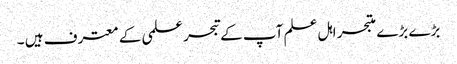
بڑے بڑے متبحر اہل علم آپ کے تبحر علمی کے معترف ہیں ۔